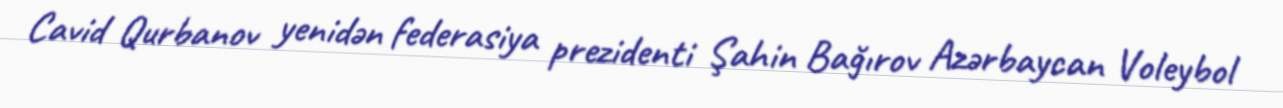
Cavid Qurbanov yenidən federasiya prezidenti Şahin Bağırov Azərbaycan Voleybol